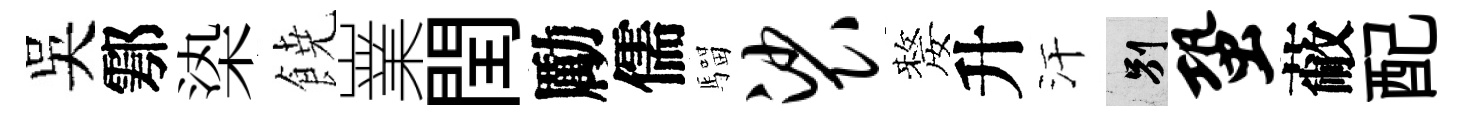
吴鄠𣑱𩜙嶪閏勵儒騮裟嫠升汗别蛩蔽配